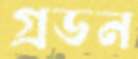
গ্রডন